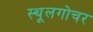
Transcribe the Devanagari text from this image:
स्थूलगोचर